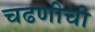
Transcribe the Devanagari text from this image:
चढणीची